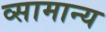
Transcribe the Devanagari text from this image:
व्सामान्य